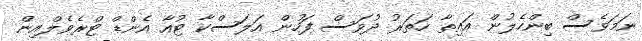
ނަމަވެސް ބިންހެލުން އައިތާ ހަތަރު ދުވަސް ފަހުން އަލަސްކާ ޓުއާ އެންޑް ޓްރެވެލްއިން